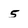
Character: 5